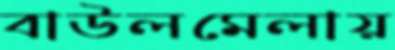
বাউলমেলায়